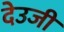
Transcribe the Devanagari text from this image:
देउजी